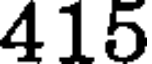
415